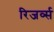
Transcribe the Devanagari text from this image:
रिजर्व्स